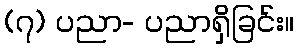
(၇) ပညာ- ပညာရှိခြင်း။